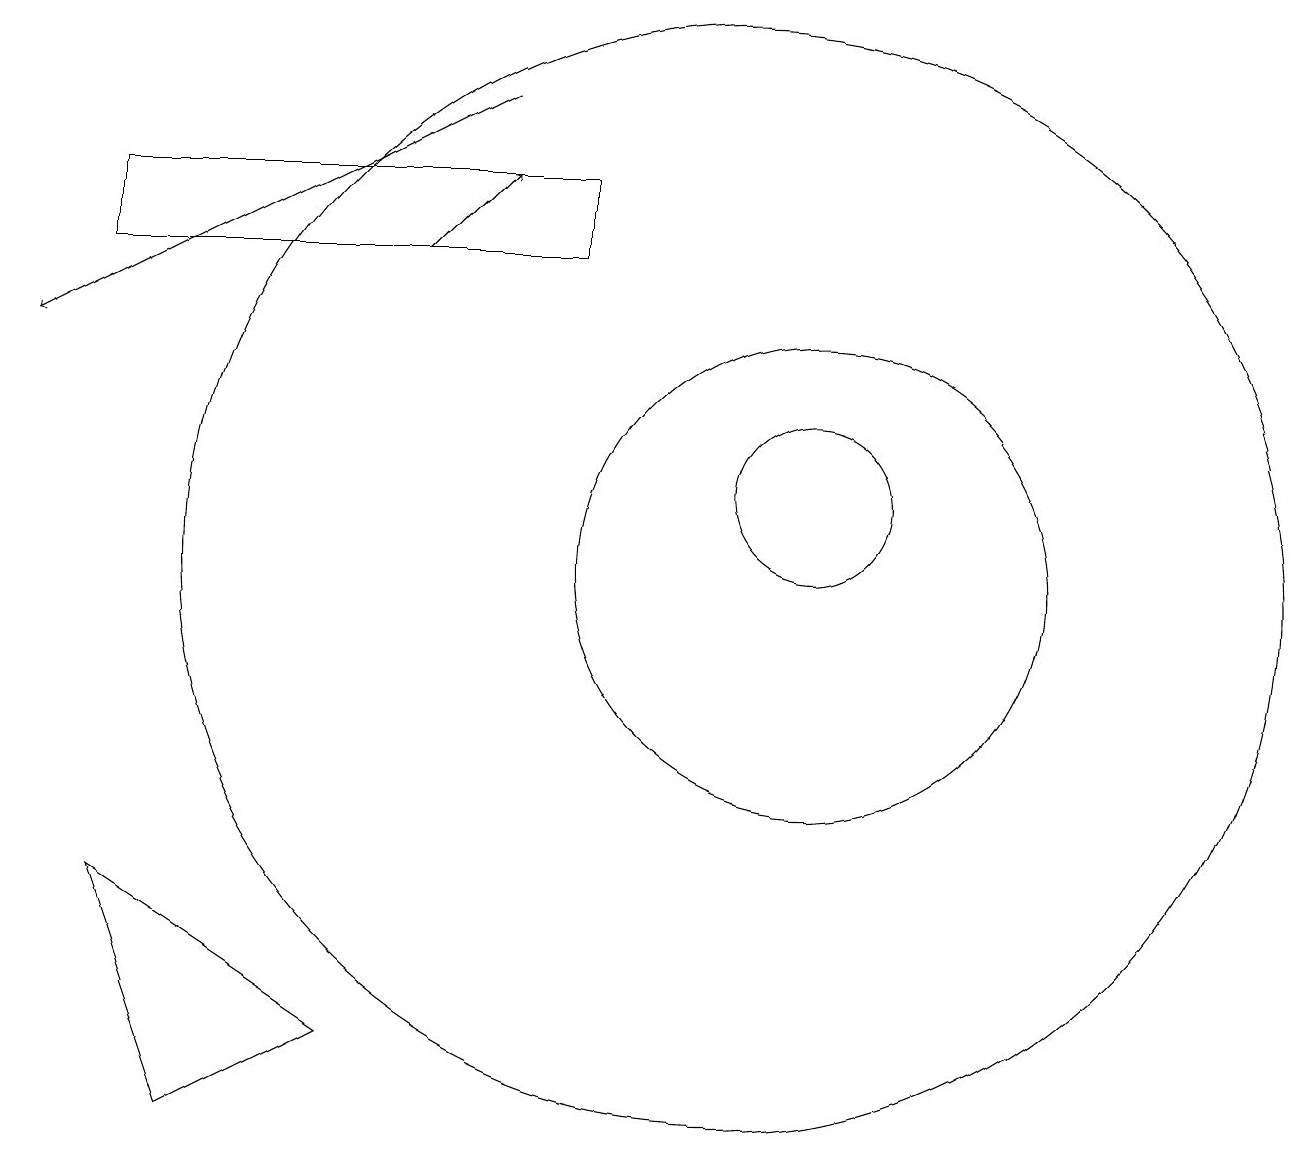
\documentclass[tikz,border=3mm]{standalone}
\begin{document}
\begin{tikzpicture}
\draw (11,11) circle (1);
\draw[->] (6,14) -- (7,15);
\draw (10,10) circle (7);
\draw[->] (7,16) -- (1,13);
\draw (5,4) -- (3,3) -- (2,6) -- cycle;
\draw (11,10) circle (3);
\draw (8,14) rectangle (2,15);
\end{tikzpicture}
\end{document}